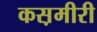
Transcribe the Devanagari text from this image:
कस़मीरी